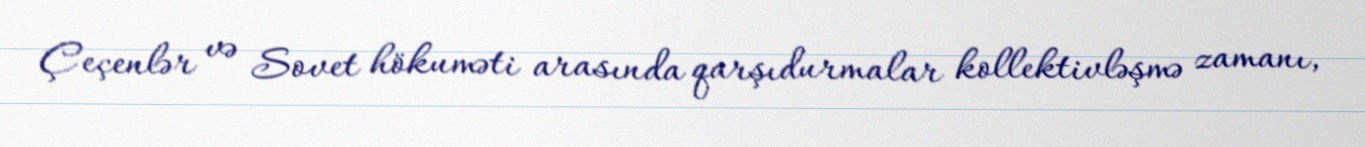
Çeçenlər və Sovet hökuməti arasında qarşıdurmalar kollektivləşmə zamanı,